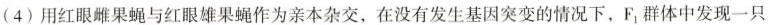
(4) 用红眼雌果蝇与红眼雄果蝇作为亲本杂交，在没有发生基因突变的情况下，F1群体中发现一只